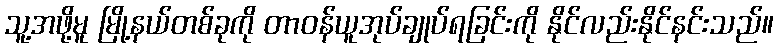
သူ့အဖို့မူ မြို့နယ်တစ်ခုကို တာဝန်ယူအုပ်ချုပ်ရခြင်းကို နိုင်လည်းနိုင်နင်းသည်။